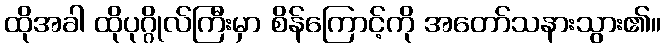
ထိုအခါ ထိုပုဂ္ဂိုလ်ကြီးမှာ စိန်ကြောင့်ကို အတော်သနားသွား၏။